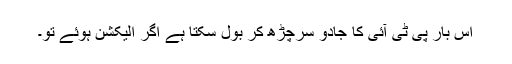
اس بار پی ٹی آئی کا جادو سرچڑھ کر بول سکتا ہے اگر الیکشن ہوئے تو۔